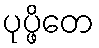
ပုပ္ဖိတေ